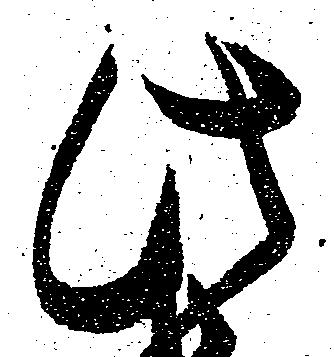
此